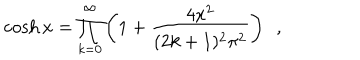
\cosh x = \prod _ { k = 0 } ^ { \infty } \left( 1 + \frac { 4 x ^ { 2 } } { ( 2 k + 1 ) ^ { 2 } \pi ^ { 2 } } \right) \, \, \, ,